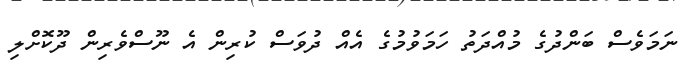
ނަމަވެސް ބަންދުގެ މުއްދަތު ހަމަވުމުގެ އެއް ދުވަސް ކުރިން އެ ނޫސްވެރިން ދޫކޮށްލި